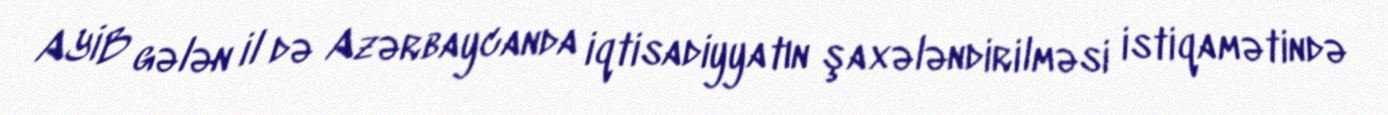
AYİB gələn il də Azərbaycanda iqtisadiyyatın şaxələndirilməsi istiqamətində